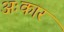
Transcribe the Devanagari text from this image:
अःकार